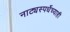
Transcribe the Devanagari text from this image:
नाट्यस्पर्धेच्याही